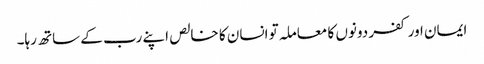
ایمان اور کفر دونوں کا معاملہ تو انسان کا خالص اپنے رب کے ساتھ رہا۔